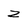
Character: z